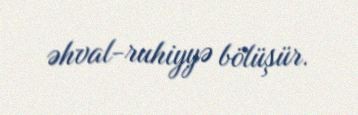
əhval-ruhiyyə bölüşür.